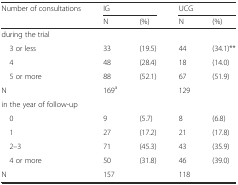
<table><thead><tr><td><b>Number of consultations</b></td><td colspan="2"><b>IG</b></td><td colspan="2"><b>UCG</b></td></tr><tr><td>[EMPTY_CELL]</td><td><b>N</b></td><td><b>(%)</b></td><td><b>N</b></td><td><b>(%)</b></td></tr></thead><tbody><tr><td>during the trial</td><td>[EMPTY_CELL]</td><td>[EMPTY_CELL]</td><td>[EMPTY_CELL]</td><td>[EMPTY_CELL]</td></tr><tr><td> 3 or less</td><td>33</td><td>(19.5)</td><td>44</td><td>(34.1)**</td></tr><tr><td> 4</td><td>48</td><td>(28.4)</td><td>18</td><td>(14.0)</td></tr><tr><td> 5 or more</td><td>88</td><td>(52.1)</td><td>67</td><td>(51.9)</td></tr><tr><td>N</td><td>169<sup>a</sup></td><td>[EMPTY_CELL]</td><td>129</td><td>[EMPTY_CELL]</td></tr><tr><td>in the year of follow-up</td><td>[EMPTY_CELL]</td><td>[EMPTY_CELL]</td><td>[EMPTY_CELL]</td><td>[EMPTY_CELL]</td></tr><tr><td> 0</td><td>9</td><td>(5.7)</td><td>8</td><td>(6.8)</td></tr><tr><td> 1</td><td>27</td><td>(17.2)</td><td>21</td><td>(17.8)</td></tr><tr><td> 2–3</td><td>71</td><td>(45.3)</td><td>43</td><td>(35.9)</td></tr><tr><td> 4 or more</td><td>50</td><td>(31.8)</td><td>46</td><td>(39.0)</td></tr><tr><td>N</td><td>157</td><td>[EMPTY_CELL]</td><td>118</td><td>[EMPTY_CELL]</td></tr></tbody></table>